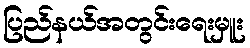
ပြည်နယ်အတွင်းရေးမှူး